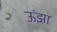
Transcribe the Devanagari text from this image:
ऊंझा